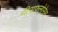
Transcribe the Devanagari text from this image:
मीराफ्लोरेस